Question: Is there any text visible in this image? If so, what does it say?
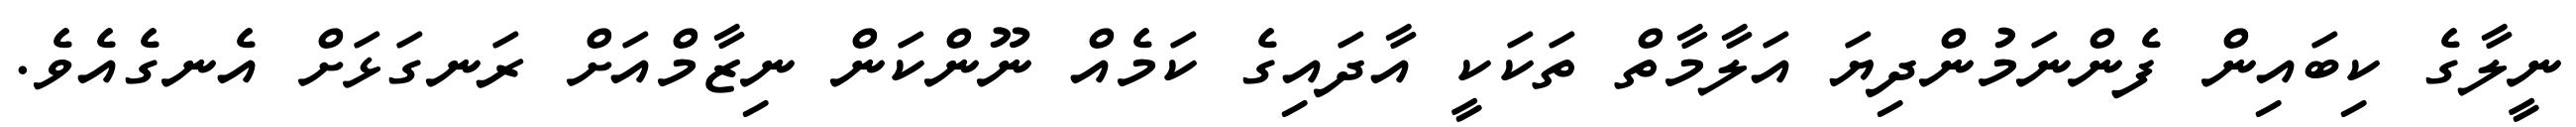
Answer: ނީލާގެ ކިބައިން ފެންނަމުންދިޔަ އަލާމާތް ތަކަކީ އާދައިގެ ކަމެއް ނޫންކަން ނިޒާމްއަށް ރަނގަޅަށް އެނގެއެވެ.